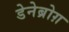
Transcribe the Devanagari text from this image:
डेनेब्रोग़